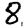
Digit: 8